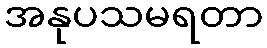
အနုပသမရတာ